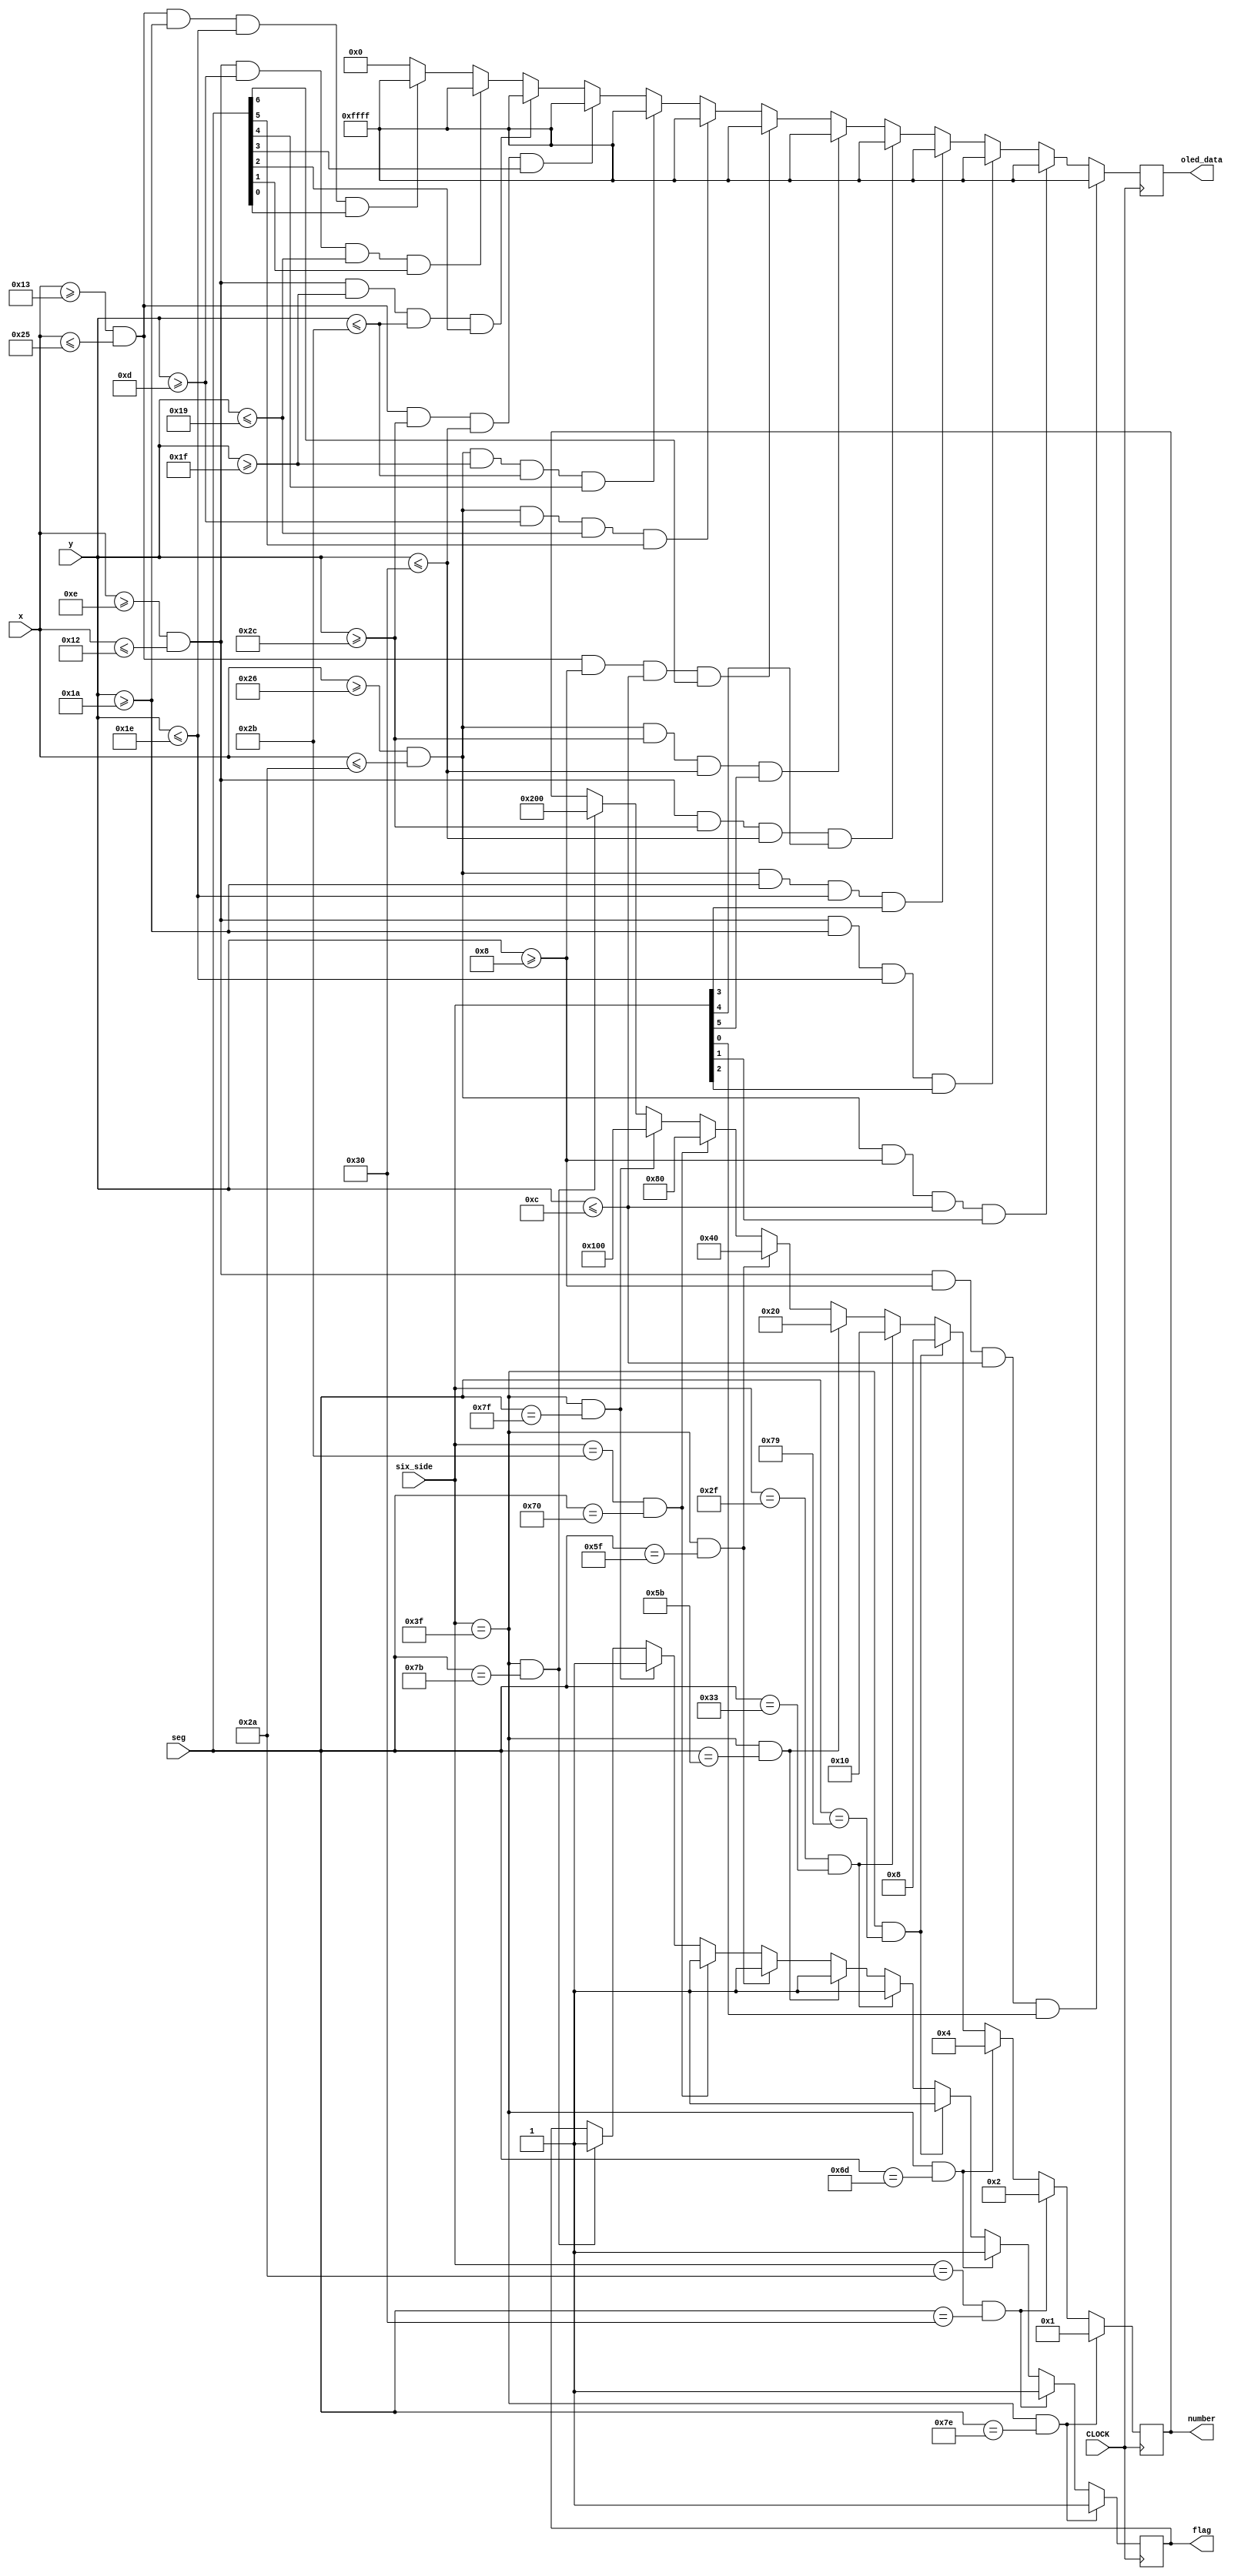
`timescale 1ns / 1ps
//////////////////////////////////////////////////////////////////////////////////
// Company: 
// Engineer: 
// 
// Design Name: 
// Module Name: Seven_Seg_Display
// Project Name: 
// Target Devices: 
// Tool Versions: 
// Description: 
// 
// Dependencies: 
// 
// Revision:
// Revision 0.01 - File Created
// Additional Comments:
// 
//////////////////////////////////////////////////////////////////////////////////


module Group_seven_seg_individual(input CLOCK, input[8:0] x,y, output reg [15:0] oled_data, input[5:0]six_side, input[6:0]seg, output reg [9:0] number = 0, output reg flag = 0);

always @(posedge CLOCK) begin

//num0
if (six_side == 6'b111111 && seg == 7'b1111110) begin
flag <= 1;
number <= 10'b0000000001;
end
//num1
else if (six_side == 6'b101010 && seg == 7'b0110000) begin
flag <= 1;
number <= 10'b0000000010;
end
//num2
else if (six_side == 6'b111111 && seg == 7'b1101101) begin
flag <= 1;
number <= 10'b0000000100;
end
//num3
else if (six_side == 6'b111111 && seg == 7'b1111001) begin
flag <= 1;
number <= 10'b0000001000;
end
//num4
else if (six_side == 6'b101111 && seg == 7'b0110011) begin
flag <= 1;
number <= 10'b0000010000;
end
//num5
else if (six_side == 6'b111111 && seg == 7'b1011011) begin
flag <= 1;
number <= 10'b0000100000;
end
//num6
else if (six_side == 6'b111111 && seg == 7'b1011111) begin
flag <= 1;
number <= 10'b0001000000;
end
//num7
else if (six_side == 6'b101011 && seg == 7'b1110000) begin
flag <= 1;
number <= 10'b0010000000;
end
//num8
else if (six_side == 6'b111111 && seg == 7'b1111111) begin
flag <= 1;
number <= 10'b0100000000;
end
//num9
else if (six_side == 6'b111111 && seg == 7'b1111011) begin
flag <= 1;
number <= 10'b1000000000;
end
//no flag
else if (six_side == 6'b111111 && seg == 7'b1111011) begin
flag <= 0;
number <= 0;
end



//Topleft
if (x >= 14 && x <= 18 && y >= 8 && y <= 12 && six_side[0])
begin
oled_data <= 16'hFFFF;
end
//Topright
else if (x >= 38 && x <= 42 && y >= 8 && y <= 12 && six_side[1])
begin
oled_data <=16'hFFFF;
end
//Midleft
else if (x >= 14 && x <= 18 && y >= 26 && y <= 30 && six_side[2])
begin
oled_data <=16'hFFFF;
end
//Midright
else if (x >= 38 && x <= 42 && y >= 26 && y <= 30 && six_side[3])
begin
oled_data <=16'hFFFF;
end
//Botleft
else if (x >= 14 && x <= 18 && y >= 44 && y <= 48 && six_side[4])
begin
oled_data <=16'hFFFF;
end
//Botright
else if (x >= 38 && x <= 42 && y >= 44 && y <= 48 && six_side[5])
begin
oled_data <=16'hFFFF;
end
//sega
else if (x >= 19 && x <= 37 && y >= 8 && y <= 12 && seg[6])
begin
oled_data <=16'hFFFF;
end
//segb
else if (x >= 38 && x <= 42 && y >= 13 && y <= 25 && seg[5])
begin
oled_data <=16'hFFFF;
end
//segc
else if (x >= 38 && x <= 42 && y >= 31 && y <= 43 && seg[4])
begin
oled_data <=16'hFFFF;
end
//segd
else if (x >= 19 && x <= 37 && y >= 44 && y <= 48 && seg[3])
begin
oled_data <=16'hFFFF;
end
//sege
else if (x >= 14 && x <= 18 && y >= 31 && y <= 43 && seg[2])
begin
oled_data <=16'hFFFF;
end
//segf
else if (x >= 14 && x <= 18 && y >= 13 && y <= 25 && seg[1])
begin
oled_data <=16'hFFFF;
end
//segg
else if (x >= 19 && x <= 37 && y >= 26 && y <= 30 && seg[0])
begin
oled_data <=16'hFFFF;
end
//Borders
//else if ((x == 14 || x == 18 || x == 38 ||  x == 42) && y >= 8 && y <= 48)
//begin
//oled_data <= 16'hFFFF;
//end
//else if ((y == 8 || y == 12 || y == 26 || y == 30 || y == 44 || y == 48) && x >= 14 && x <= 42)
//begin
//oled_data <= 16'hFFFF;
//end
//Everything Else Black Screen
else
begin
oled_data <= 0;
end
end
endmodule